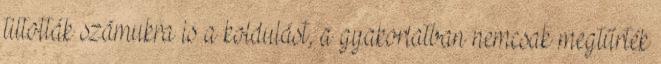
tiltották számukra is a koldulást, a gyakorlatban nemcsak megtűrték